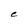
Character: C